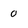
Character: 0